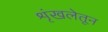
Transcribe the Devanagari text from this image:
शृंखलेतून